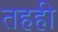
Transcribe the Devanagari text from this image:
तहही